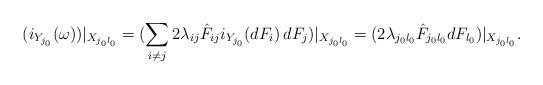
LaTeX: \begin{align*} (i_{Y_{j_0}}(\omega))|_{X_{j_0l_0}} = (\sum_{i\ne j}2\lambda_{ij}\hat{F}_{ij}i_{Y_{j_0}}(dF_i)\,dF_j)|_{X_{j_0l_0}} = (2\lambda_{j_0l_0}\hat{F}_{j_0l_0}dF_{l_0})|_{X_{j_0l_0}}. \end{align*}